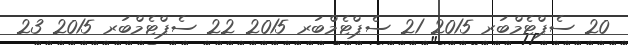
20 ސެޕްޓެމްބަރ 2015 21 ސެޕްޓެމްބަރ 2015 22 ސެޕްޓެމްބަރ 2015 23